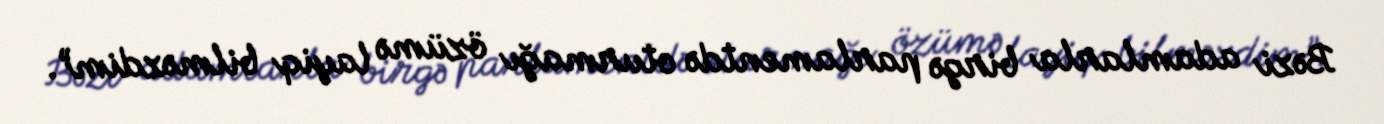
Bəzi adamlarla birgə parlamentdə oturmağı özümə layiq bilməzdim”.